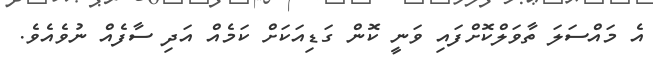
އެ މައްސަލަ ތާވަލްކޮށްފައި ވަނީ ކޮން ގަޑިއަކަށް ކަމެއް އަދި ސާފެއް ނުވެއެވެ.